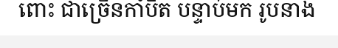
ពោះ ជាច្រើនកាំបិត បន្ទាប់មក រូបនាង